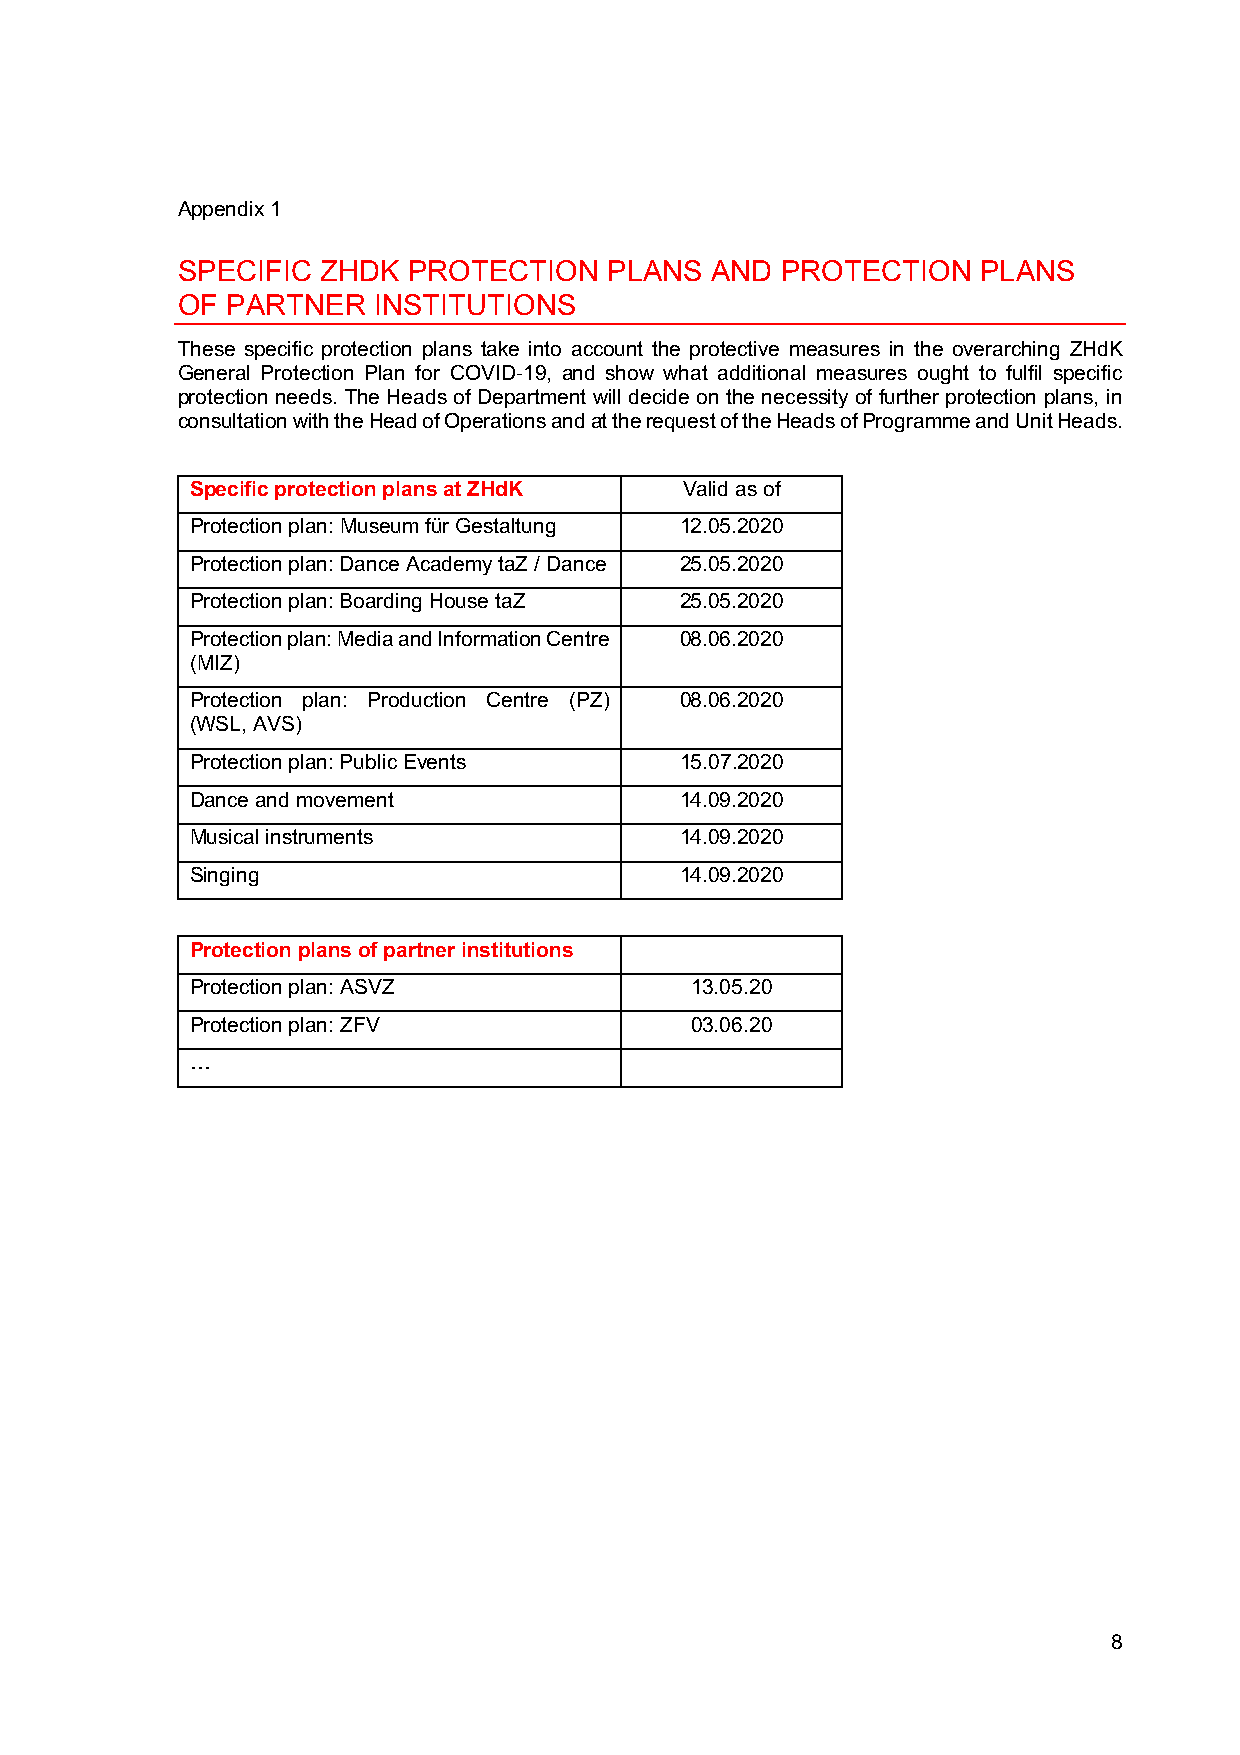
Appendix 1
 SPECIFIC ZHDK  PROTECTION   PLANS  AND  PROTECTION   PLANS
 OF PARTNER   INSTITUTIONS
 These specific protection plans take into account the protective measures in the overarching ZHdK
 General Protection Plan for COVID-19, and show what additional measures ought to fulfil specific
 protection needs. The Heads of Department will decide on the necessity of further protection plans, in
 consultation with the Head of Operations and at the request of the Heads of Programme and Unit Heads.
 Specific protection plans at ZHdK Valid as of
 Protection plan: Museum für Gestaltung 12.05.2020
 Protection plan: Dance Academy taZ / Dance 25.05.2020
 Protection plan: Boarding House taZ 25.05.2020
 Protection plan: Media and Information Centre 08.06.2020
 (MIZ)
 Protection plan: Production Centre (PZ) 08.06.2020
 (WSL, AVS)
 Protection plan: Public Events  15.07.2020
 Dance and movement              14.09.2020
 Musical instruments             14.09.2020
 Singing                         14.09.2020
 Protection plans of partner institutions
 Protection plan: ASVZ            13.05.20
 Protection plan: ZFV             03.06.20
 …
 8